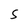
Character: S